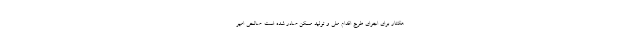
هکتار برای اجرای طرح اقدام ملی و تولید مسکن صادر شده است. صالحی امیر